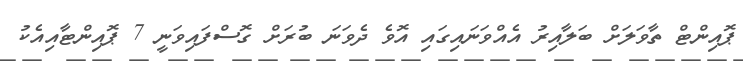
ޕޮއިންޓް ތާވަލަށް ބަލާއިރު އެއްވަނައިގައި އޮވެ ދެވަނަ ބުރަށް ގޮސްފައިވަނީ 7 ޕޮއިންޓާއިއެކު